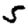
Digit: 5